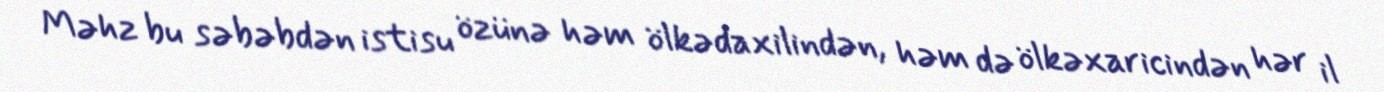
Məhz bu səbəbdən istisu özünə həm ölkədaxilindən, həm də ölkəxaricindən hər il